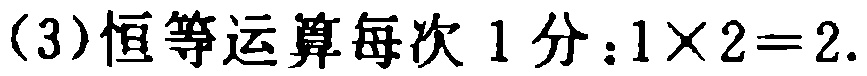
(3)恒等运算每次 1 分：$1\times 2 = 2$.